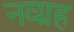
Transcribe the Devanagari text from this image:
नव्ग्रह